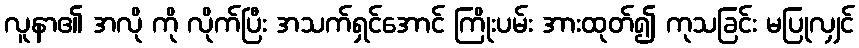
လူနာ၏ အလို ကို လိုက်ပြီး အသက်ရှင်အောင် ကြိုးပမ်း အားထုတ်၍ ကုသခြင်း မပြုလျှင်